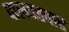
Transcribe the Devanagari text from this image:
पालपतवार